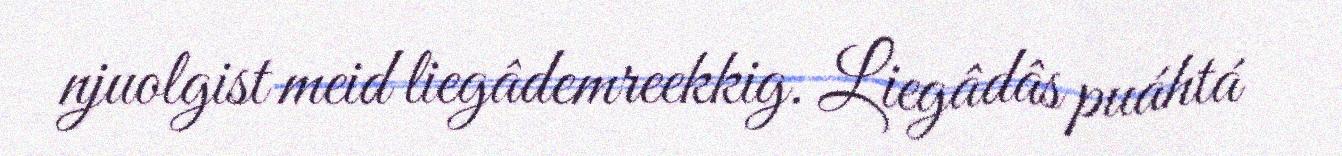
njuolgist meid liegâdemreekkig. Liegâdâs puáhtá